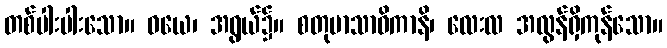
တစ်ပါးပါးသော။ ဝယေ၊ အရွယ်၌။ စတုမာသာဓိကာနိ၊ လေးလ အလွန်ရှိကုန်သော။